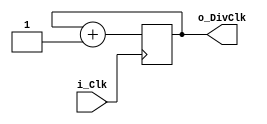
`timescale 1ns / 1ps

module Power2Div#(
        parameter POWER_OF_TWO_DIV = 2
    )(
        input i_Clk,
        output o_DivClk
    );
    reg [$clog2(POWER_OF_TWO_DIV)-1:0]r_Counter = 0;

    //Output clock the msb of the counter
    assign o_DivClk = r_Counter[$clog2(POWER_OF_TWO_DIV)-1];

    always @(posedge i_Clk) begin
        r_Counter <= r_Counter + 1;
    end

endmodule